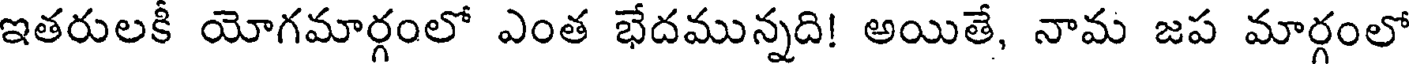
ఇతరులకీ యోగమార్గంలో ఎంత భేదమున్నది! అయితే, నామ జప మార్గంలో